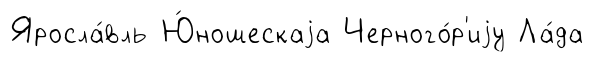
Яросла́вль Ю́ношескаjа Черного́р'иjу Ла́да